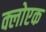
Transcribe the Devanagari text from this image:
क्लोएक